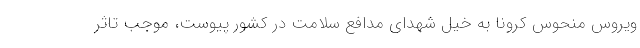
ویروس منحوس کرونا به خیل شهدای مدافع سلامت در کشور پیوست، موجب تاثر